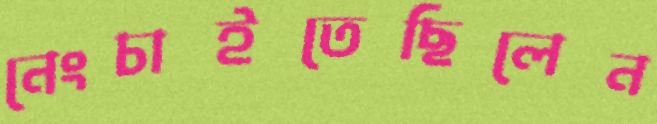
নেংচাইতেছিলেন